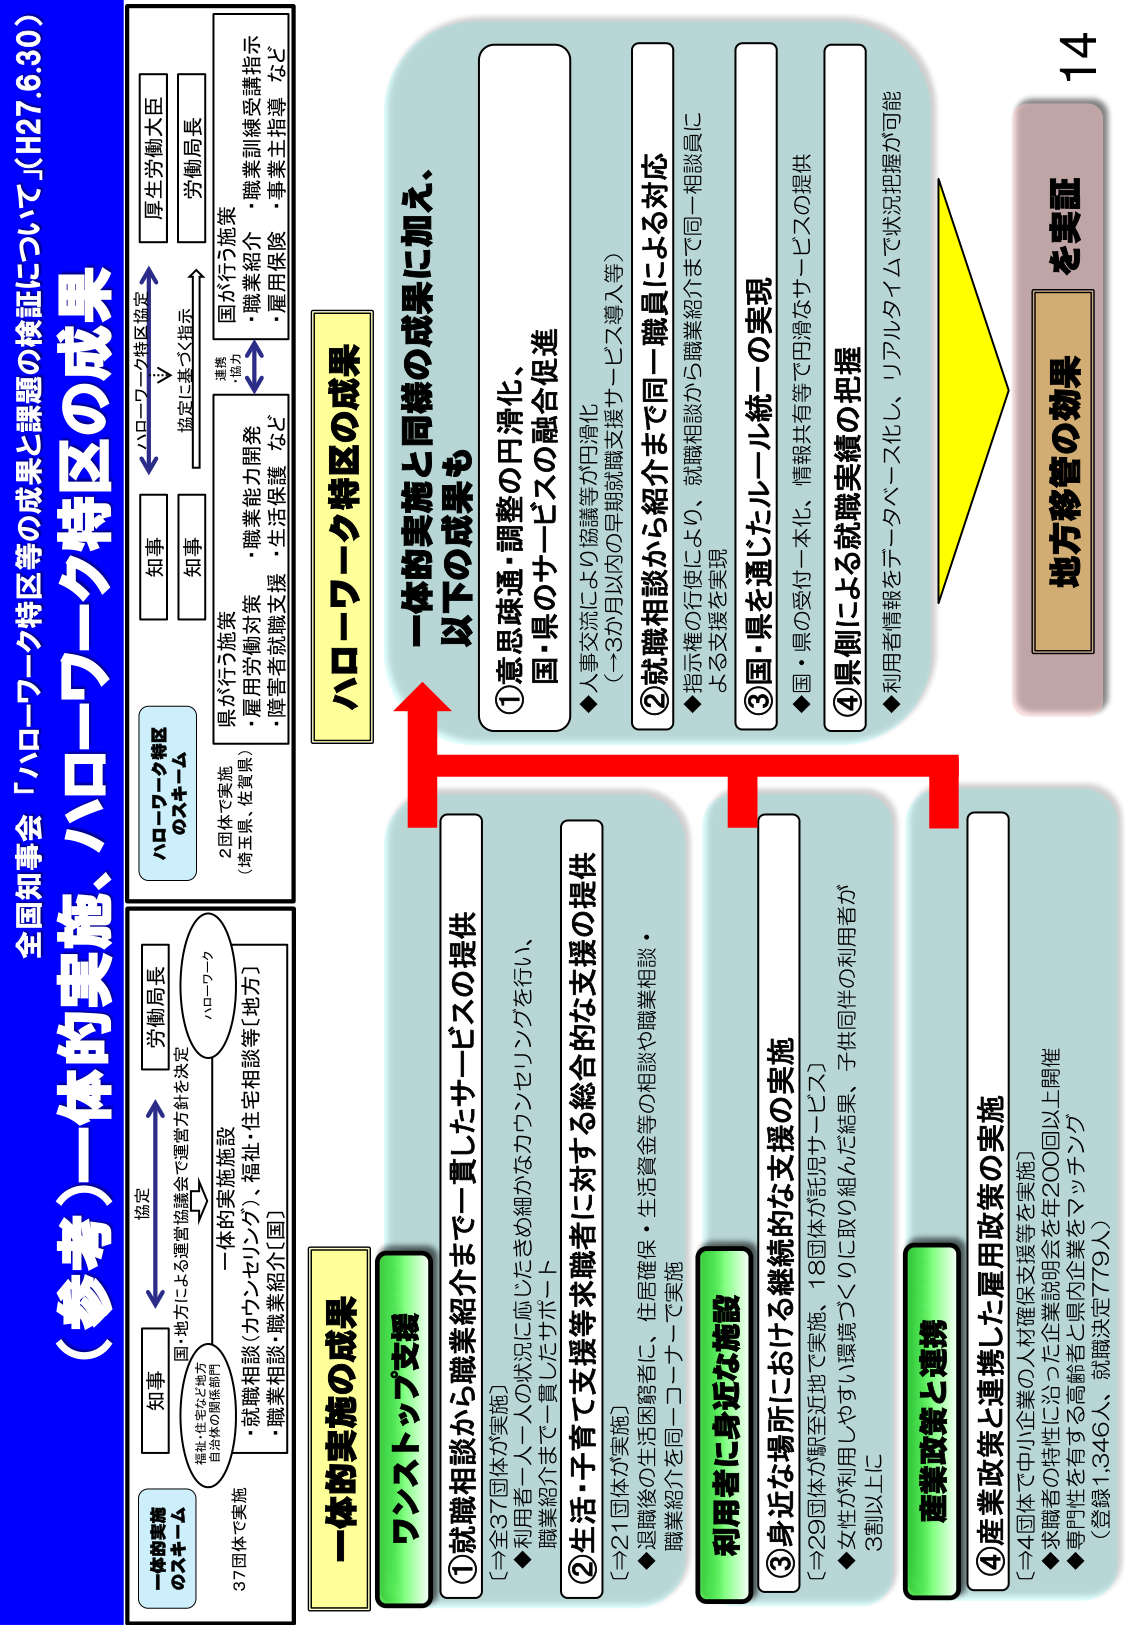
全国知事会「ハローワーク特区等の成果と課題の検証について」（H27.6.30）

（参考）一体的実施、ハローワーク特区の成果

一体的実施
のスキーム

37団体で実施
福祉・住宅など地方
自治体の関係部門

国・地方による運営協議会で運営方針を決定

知事
労働局長

ハローワーク

一体的実施施設
・就職相談（カウンセリング）、福祉・住宅相談等（地方）
・職業相談・職業紹介（国）

ハローワーク特区
のスキーム

2団体で実施
（埼玉県・佐賀県）

知事
知事

ハローワーク特区協定
協定に基づく指示

厚生労働大臣
労働局長

県が行う施策
・雇用労働対策・職業能力開発
・障害者就職支援・生活保護 など

国が行う施策
・職業紹介・職業訓練受講指示
・雇用保険・事業主指導 など

連携
・協力

一体的実施の成果

ワンストップ支援

①就職相談から職業紹介まで一貫したサービスの提供
〔→全37団体が実施〕
◆利用者一人一人の状況に応じたきめ細かなカウンセリングを行い、
職業紹介まで一貫したサポート

②生活・子育て支援等求職者に対する総合的な支援の提供
〔→21団体が実施〕
◆退職後の生活困窮者に、生活確保・住居確保・生活資金等の相談や職業相談・
職業紹介を同一コーナーで実施

利用者に身近な施設

③身近な場所における継続的な支援の実施
〔→29団体が駅至近地で実施、18団体が託児サービス〕
◆女性が利用しやすい環境づくりに取り組んだ結果、子供同伴の利用者が
3割以上に

④産業政策と連携した雇用政策の実施
〔→4団体で中小企業の人材確保支援等を実施〕
◆求職者の特性に沿った企業説明会を年200回以上開催
◆専門性を有する高齢者と県内企業をマッチング
（登録1,346人、就職決定779人）

ハローワーク特区の成果

一体的実施と同様の成果に加え、
以下の成果も

①意思疎通・調整の円滑化、
国・県のサービスの融合促進
◆人事交流により協議等が円滑化
（→3か月以内の早期就職支援サービス導入等）

②就職相談から紹介まで同一職員による対応
◆指示権の行使により、就職相談から職業紹介まで同一相談員に
よる支援を実現

③国・県を通じたルール統一の実現
◆国・県の受付一本化、情報共有等で円滑なサービスの提供

④県側による就職実績の把握
◆利用者情報をデータベース化し、リアルタイムで状況把握が可能

14

地方移管の効果
を実証